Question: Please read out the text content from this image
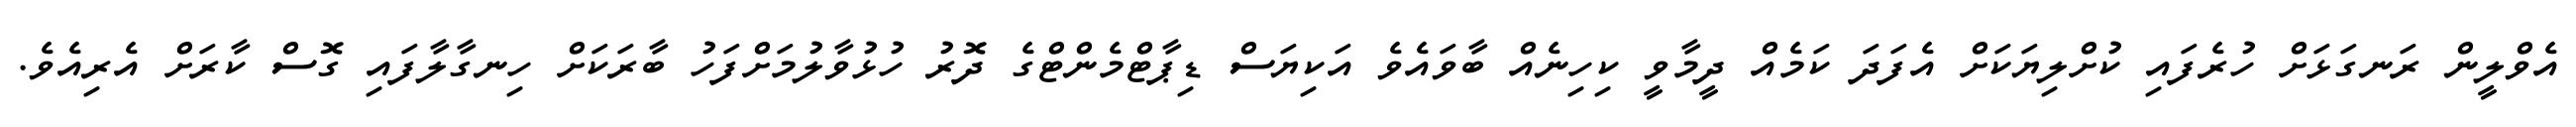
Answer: އެވްލީން ރަނގަޅަށް ހުރެފައި ކުށްލިޔަކަށް އެފަދަ ކަމެއް ދީމާވީ ކިހިނެއް ބާވައެވެ އަކިޔަސް ޑިޕާޓްމެންޓްގެ ދޮރު ހުޅުވާލުމަށްފަހު ބާރަކަށް ހިނގާލާފައި ގޮސް ކާރަށް އެރިއެވެ.